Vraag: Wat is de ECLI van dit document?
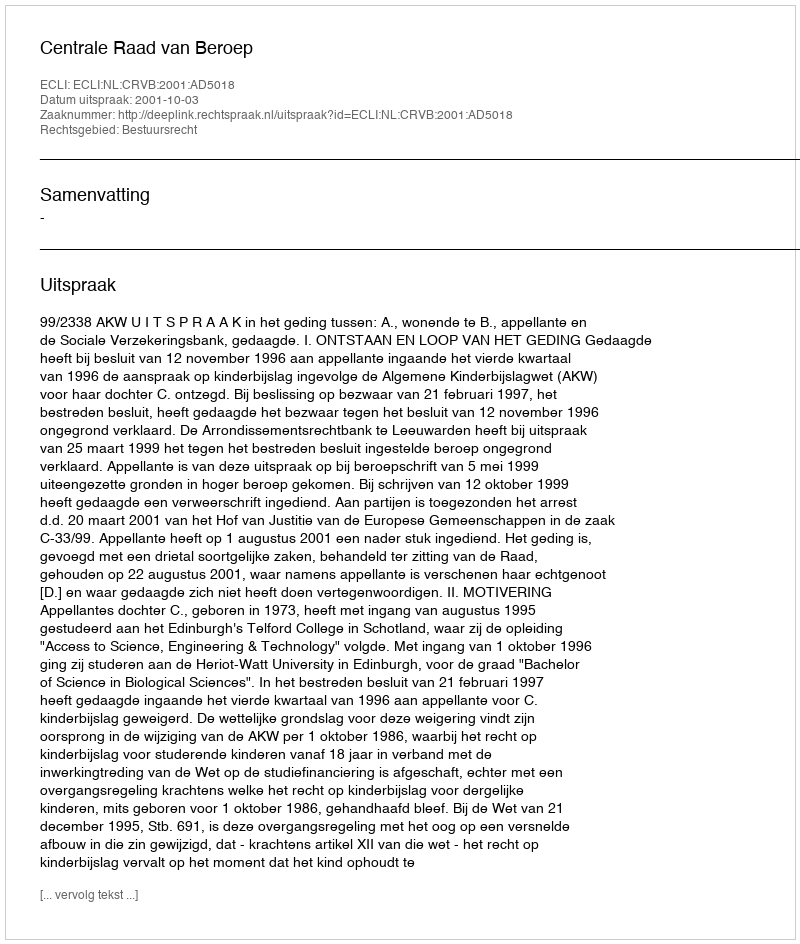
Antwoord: ECLI:NL:CRVB:2001:AD5018